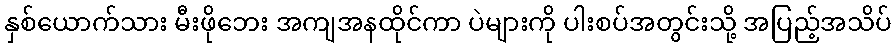
နှစ်ယောက်သား မီးဖိုဘေး အကျအနထိုင်ကာ ပဲများကို ပါးစပ်အတွင်းသို့ အပြည့်အသိပ်